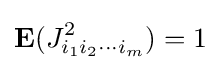
\mathbf {E} (J_{i_{1}i_{2}\cdots i_{m}}^{2})=1